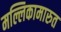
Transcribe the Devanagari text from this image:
मल्लिकामारुत